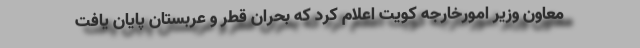
معاون وزیر امورخارجه کویت اعلام کرد که بحران قطر و عربستان پایان یافت